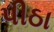
પીઠા